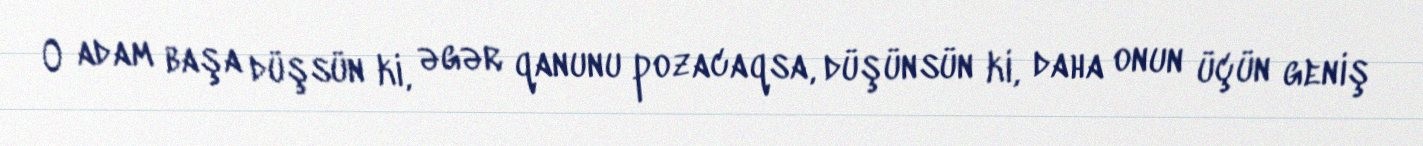
O adam başa düşsün ki, əgər qanunu pozacaqsa, düşünsün ki, daha onun üçün geniş